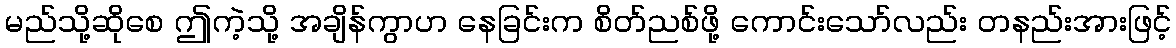
မည်သို့ဆိုစေ ဤကဲ့သို့ အချိန်ကွာဟ နေခြင်းက စိတ်ညစ်ဖို့ ကောင်းသော်လည်း တနည်းအားဖြင့်